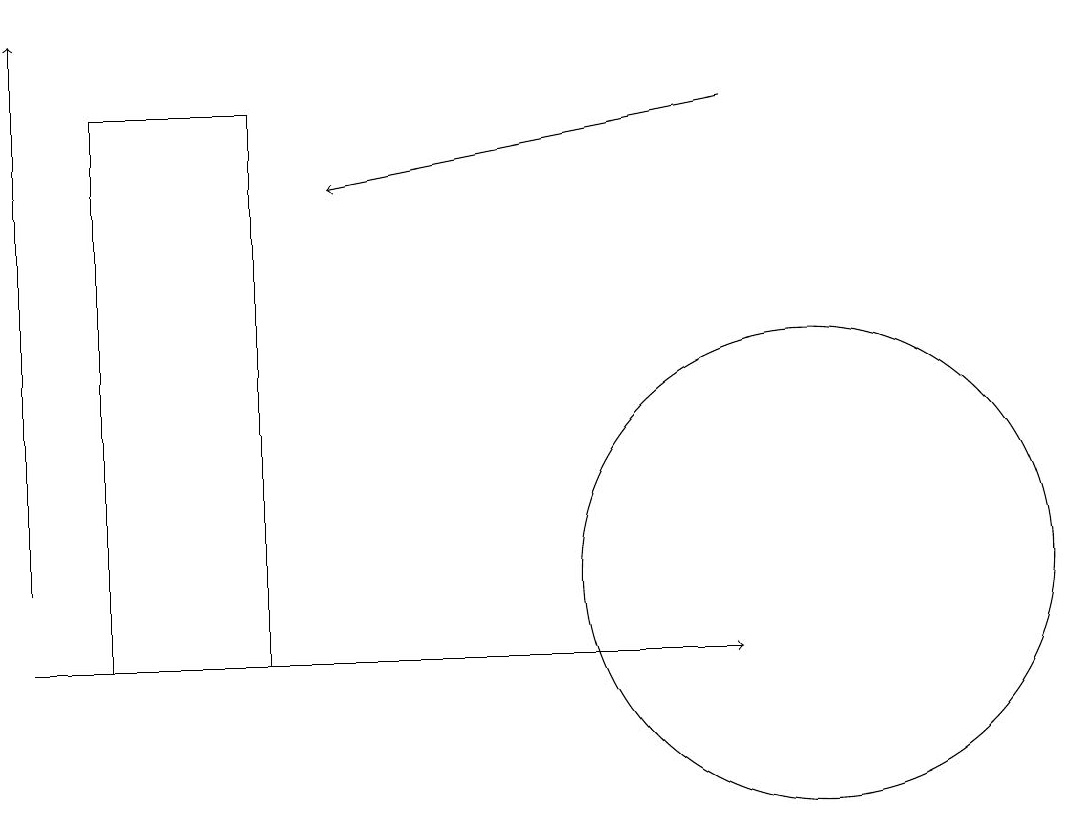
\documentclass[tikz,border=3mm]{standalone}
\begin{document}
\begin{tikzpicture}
\draw (10,11) circle (3);
\draw[->] (0,10) -- (9,10);
\draw[->] (0,11) -- (0,18);
\draw[->] (9,17) -- (4,16);
\draw (3,10) rectangle (1,17);
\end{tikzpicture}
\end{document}